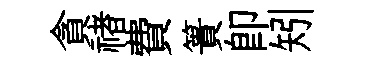
貪禇費簣卽矧